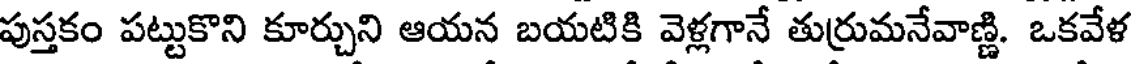
పుస్తకం పట్టుకొని కూర్చుని ఆయన బయటికి వెళ్లగానే తుర్రుమనేవాణ్ణి. ఒకవేళ